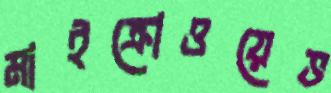
মাইক্রোওয়েভ